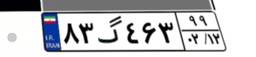
۴۳گ۴۶۸۷۹